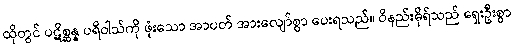
ထိုတွင် ပဋိစ္ဆန္န ပရိဝါသ်ကို ဖုံးသော အာပတ် အားလျော်စွာ ပေးရသည်။ ဝိနည်းဓိုရ်သည် ရှေးဦးစွာ